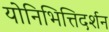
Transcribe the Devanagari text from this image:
योनिभित्तिदर्शन